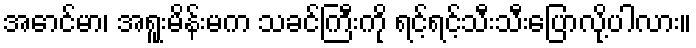
အောင်မာ၊ အရူးမိန်းမက သခင်ကြီးကို ရင့်ရင့်သီးသီးပြောလို့ပါလား။